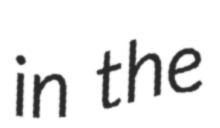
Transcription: in the